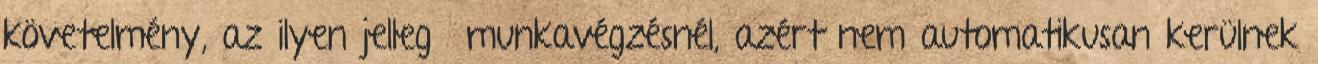
követelmény, az ilyen jellegű munkavégzésnél, azért nem automatikusan kerülnek